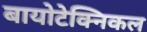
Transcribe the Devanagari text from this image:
बायोटेक्निकल